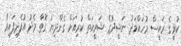
ކުރީގެ ރައީސް މުހައްމަދު ނަޝީދުގެ ޝަރީއަތް ކުރިއަށް ގެންދިޔަ ގޮތާ މެދު އުފެދިފައިވާ